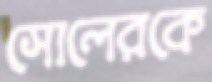
সোলেরকে